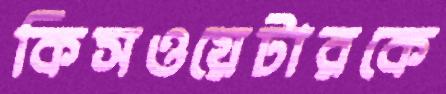
কিসওয়েটারকে